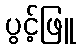
ပွင့်ဖြူ